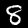
Digit: 8